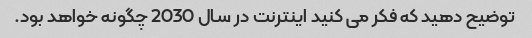
توضیح دهید که فکر می کنید اینترنت در سال 2030 چگونه خواهد بود.